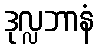
ဒုလ္လဘာနံ